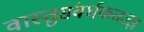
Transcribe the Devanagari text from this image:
वास्तुसंवर्धकतज्ज्ञ